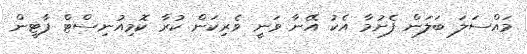
މައްސަލަ ބަލަން ފެށުމާ އެކު އޭނާ ވަނީ ވެރިކަން ކުރާ ކޮމިއުނިސްޓް ޕާޓީން